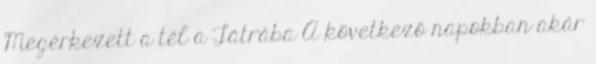
Megérkezett a tél a Tátrába A következő napokban akár